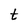
Character: t